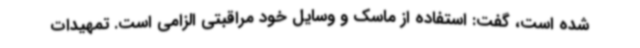
شده است، گفت: استفاده از ماسک و وسایل خود مراقبتی الزامی است. تمهیدات